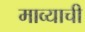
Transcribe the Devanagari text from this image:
माव्याची